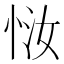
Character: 𫺈